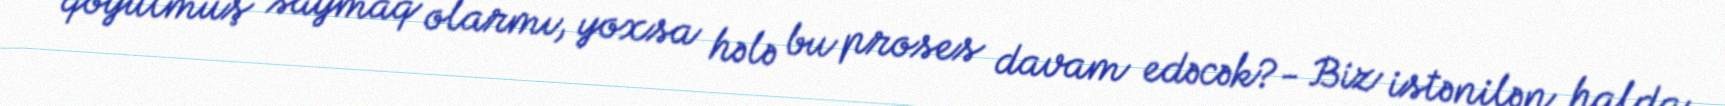
qoyulmuş saymaq olarmı, yoxsa hələ bu proses davam edəcək?- Biz istənilən halda